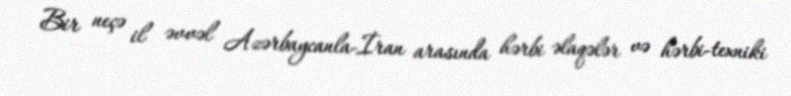
Bir neçə il əvvəl Azərbaycanla-İran arasında hərbi əlaqələr və hərbi-texniki